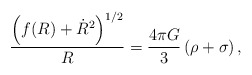
\begin{align*}\frac{\left(f(R)+\dot{R}^2\right)^{1/2}}{R}=\frac{4\pi G}{3}\,(\rho+\sigma)\,,\end{align*}